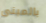
بالمبنى